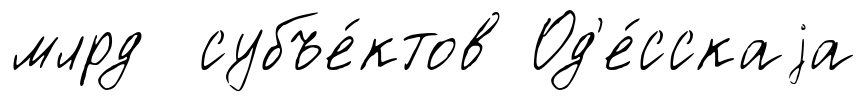
млрд субъе́ктов Од'е́сскаjа